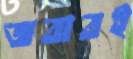
জবাবই